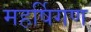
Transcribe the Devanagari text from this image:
महर्षिगण